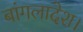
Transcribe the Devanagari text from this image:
बांगलादेश।